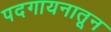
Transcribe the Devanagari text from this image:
पदगायनातून